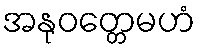
အနုဝတ္တေမဟံ